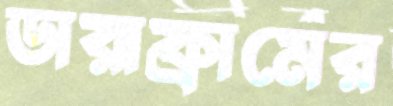
ডায়াফ্রামের